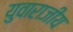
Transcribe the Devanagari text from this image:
युवाराजीय